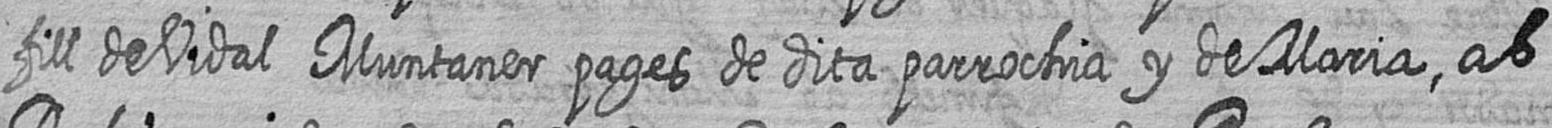
fill de Vidal Muntaner pages de dita parrochia y de Maria ab